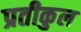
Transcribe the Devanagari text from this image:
प्रतीकुल